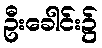
ဦးခေါင်း၌